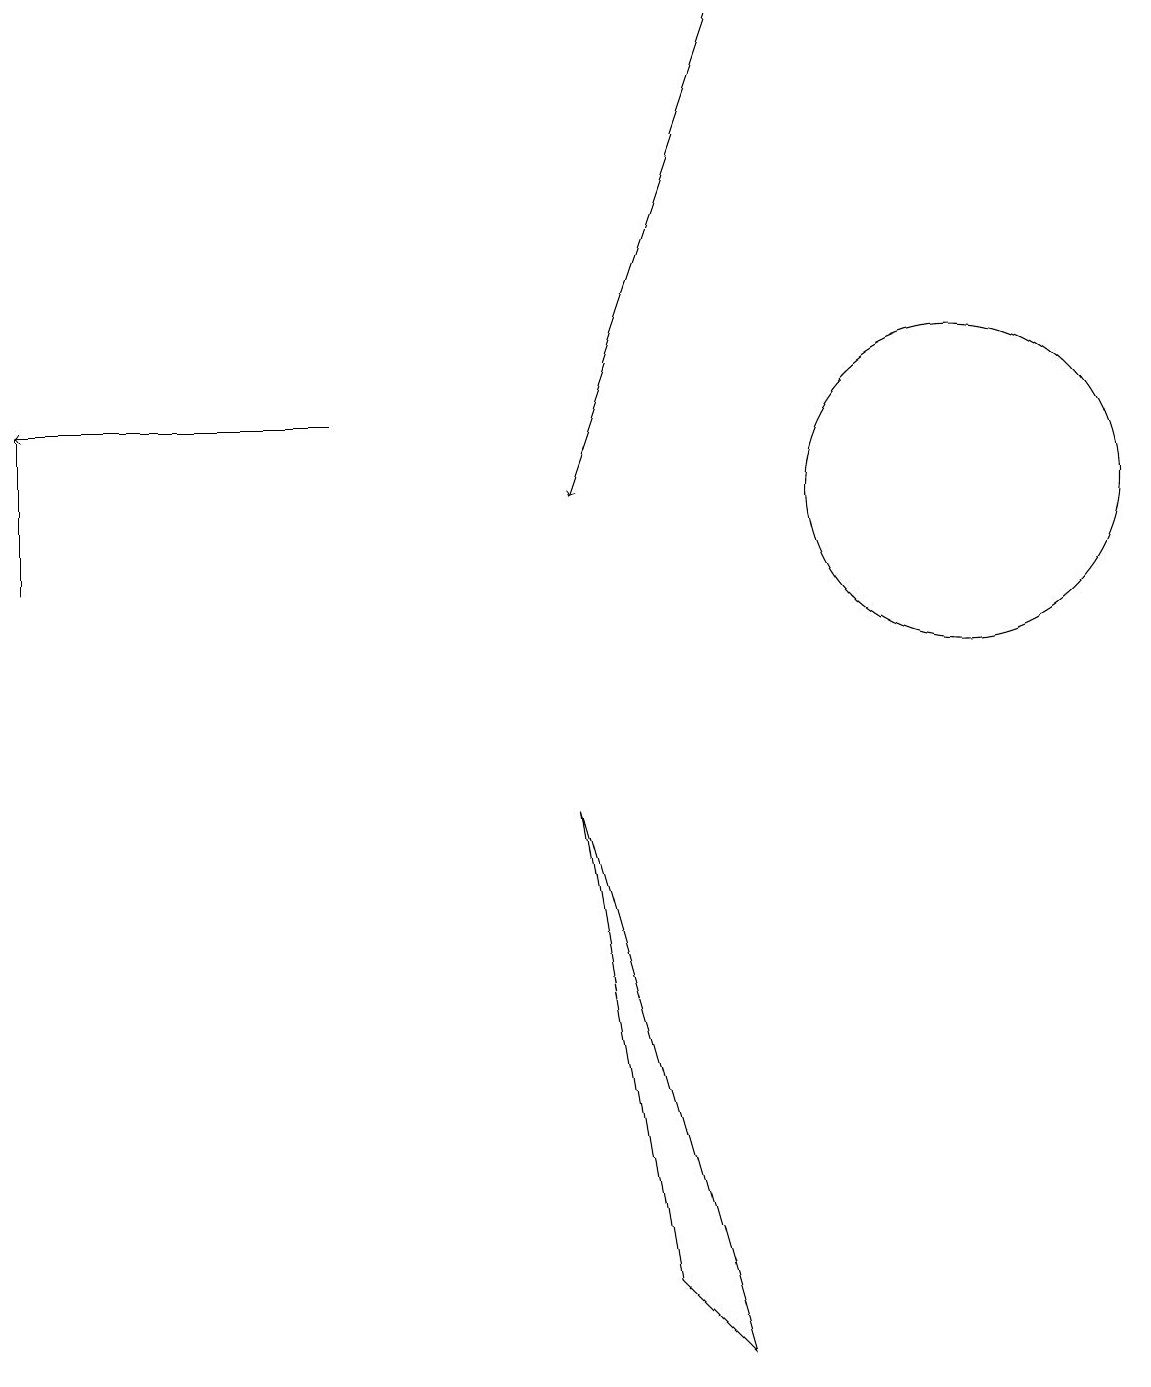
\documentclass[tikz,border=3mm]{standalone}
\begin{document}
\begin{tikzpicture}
\draw (12,12) circle (2);
\draw[->] (9,18) -- (7,12);
\draw (7,8) -- (9,1) -- (8,2) -- cycle;
\draw[->] (4,13) -- (0,13);
\draw (0,11) rectangle (0,13);
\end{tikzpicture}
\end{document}